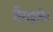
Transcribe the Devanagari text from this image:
वैराइजेट